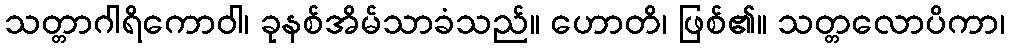
သတ္တာဂါရိကောဝါ၊ ခုနစ်အိမ်သာခံသည်။ ဟောတိ၊ ဖြစ်၏။ သတ္တလောပိကာ၊